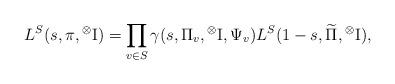
LaTeX: \begin{align*} L^S(s,\pi,{}^\otimes{\rm I}) = \prod_{v \in S} \gamma(s,\Pi_v,{}^\otimes{\rm I},\Psi_v) L^S(1-s,\widetilde{\Pi},{}^\otimes{\rm I}),\end{align*}